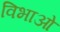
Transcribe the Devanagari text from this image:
विभाओ